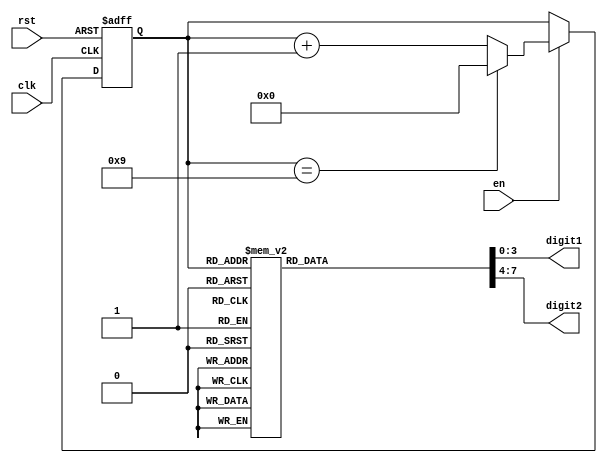
module BCD_Counter(
    input clk,
    input rst,
    input en,
    output reg [3:0] digit1,
    output reg [3:0] digit2
);

reg [3:0] count;

always @(posedge clk or posedge rst)
begin
    if (rst)
        count <= 4'b0000;
    else if (en)
    begin
        if (count == 4'b1001)
            count <= 4'b0000;
        else
            count <= count + 1;
    end
end

always @(*)
begin
    case (count)
        4'b0000: begin digit1 = 4'b0000; digit2 = 4'b0000; end
        4'b0001: begin digit1 = 4'b0000; digit2 = 4'b0001; end
        4'b0010: begin digit1 = 4'b0000; digit2 = 4'b0010; end
        4'b0011: begin digit1 = 4'b0000; digit2 = 4'b0011; end
        4'b0100: begin digit1 = 4'b0000; digit2 = 4'b0100; end
        4'b0101: begin digit1 = 4'b0000; digit2 = 4'b0101; end
        4'b0110: begin digit1 = 4'b0000; digit2 = 4'b0110; end
        4'b0111: begin digit1 = 4'b0000; digit2 = 4'b0111; end
        4'b1000: begin digit1 = 4'b0000; digit2 = 4'b1000; end
        4'b1001: begin digit1 = 4'b0001; digit2 = 4'b0000; end
        default: begin digit1 = 4'b0000; digit2 = 4'b0000; end
    endcase
end

endmodule